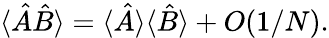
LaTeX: \langle\hat{A}\hat{B}\rangle=\langle\hat{A}\rangle\langle\hat{B}\rangle+O(1/N).